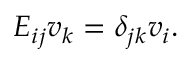
E _ { i j } v _ { k } = \delta _ { j k } v _ { i } .